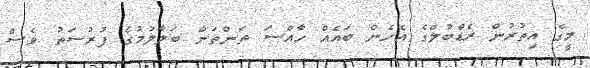
މީގެ އިތުރުން ރެޑްބުލްގެ އެހެން ބައެއް ހާއްސަ ތަންތަން ބަލާލުމުގެ ފުރުސަތު ވެސް